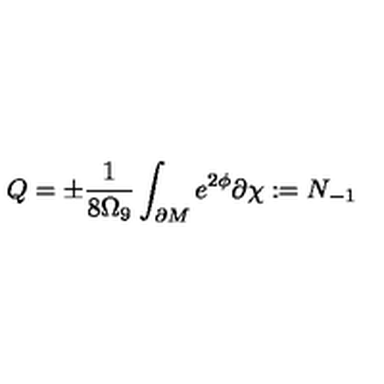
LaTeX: Q = \pm \frac { 1 } { 8 \Omega _ { 9 } } \int _ { \partial M } e ^ { 2 \phi } \partial \chi : = N _ { - 1 }